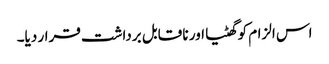
اس الزام کو گھٹیا اور نا قابل برداشت قرار دیا۔